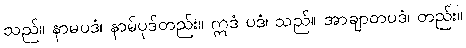
သည်။ နာမပဒံ၊ နာမ်ပုဒ်တည်း။ ဣဒံ ပဒံ၊ သည်။ အာချာတပဒံ၊ တည်း။